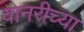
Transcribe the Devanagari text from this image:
वानरीच्या